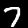
Digit: 7